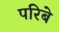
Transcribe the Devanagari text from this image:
परिबे